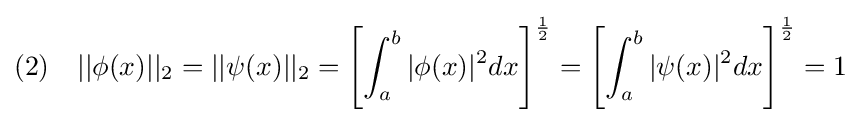
(2)\quad ||\phi (x)||_{2}=||\psi (x)||_{2}=\left[\int _{a}^{b}|\phi (x)|^{2}dx\right]^{\frac {1}{2}}=\left[\int _{a}^{b}|\psi (x)|^{2}dx\right]^{\frac {1}{2}}=1